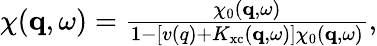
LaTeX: \begin{array}{r}{\chi(\mathbf{q},\omega)=\frac{\chi_{0}(\mathbf{q},\omega)}{1-\left[v(q)+K_{\mathrm{xc}}(\mathbf{q},\omega)\right]\chi_{0}(\mathbf{q},\omega)},}\end{array}